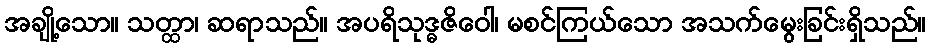
အချို့သော။ သတ္ထာ၊ ဆရာသည်။ အပရိသုဒ္ဓဇိဝေါ၊ မစင်ကြယ်သော အသက်မွေးခြင်းရှိသည်။